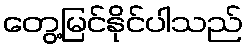
တွေ့မြင်နိုင်ပါသည်